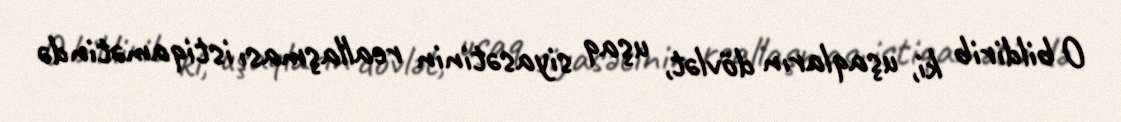
O bildirib ki, uşaqların dövlət, uşaq siyasətinin reallaşması istiqamətində